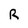
Character: R